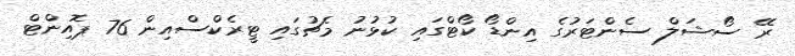
ރޭ ސޯޝަލް ސެންޓަރުގެ އިންޑޯ ކޯޓްގައި ކުޅުނު މެޗުގައި ޓީރެކްސްއިން 76 ޕޮއިންޓް